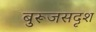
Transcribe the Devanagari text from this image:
बुरूजसदृश